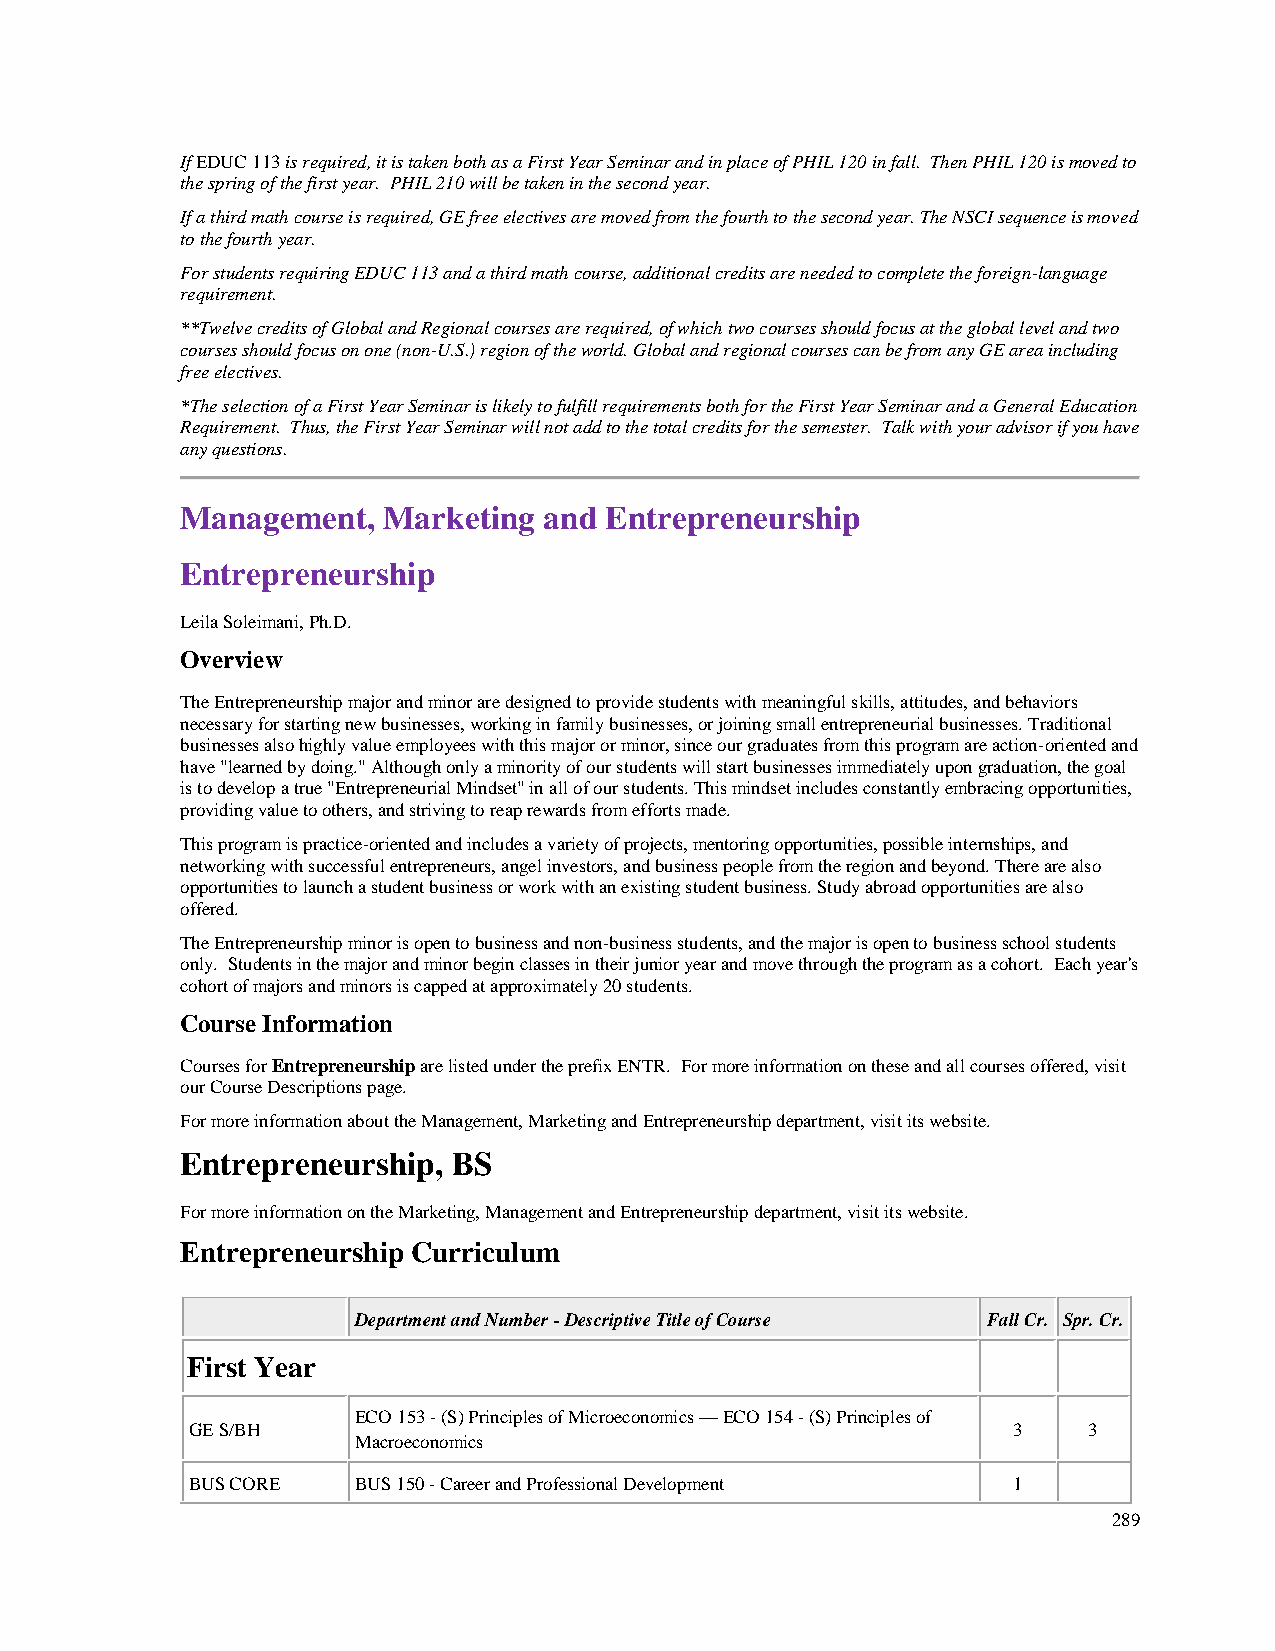
If EDUC 113 is required, it is taken both as a First Year Seminar and in place of PHIL 120 in fall. Then PHIL 120 is moved to
 the spring of the first year. PHIL 210 will be taken in the second year.
 If a third math course is required, GE free electives are moved from the fourth to the second year. The NSCI sequence is moved
 to the fourth year.
 For students requiring EDUC 113 and a third math course, additional credits are needed to complete the foreign-language
 requirement.
 **Twelve credits of Global and Regional courses are required, of which two courses should focus at the global level and two
 courses should focus on one (non-U.S.) region of the world. Global and regional courses can be from any GE area including
 free electives.
 *The selection of a First Year Seminar is likely to fulfill requirements both for the First Year Seminar and a General Education
 Requirement. Thus, the First Year Seminar will not add to the total credits for the semester. Talk with your advisor if you have
 any questions.
 Management,  Marketing  and Entrepreneurship
 Entrepreneurship
 Leila Soleimani, Ph.D.
 Overview
 The Entrepreneurship major and minor are designed to provide students with meaningful skills, attitudes, and behaviors
 necessary for starting new businesses, working in family businesses, or joining small entrepreneurial businesses. Traditional
 businesses also highly value employees with this major or minor, since our graduates from this program are action-oriented and
 have "learned by doing." Although only a minority of our students will start businesses immediately upon graduation, the goal
 is to develop a true "Entrepreneurial Mindset" in all of our students. This mindset includes constantly embracing opportunities,
 providing value to others, and striving to reap rewards from efforts made.
 This program is practice-oriented and includes a variety of projects, mentoring opportunities, possible internships, and
 networking with successful entrepreneurs, angel investors, and business people from the region and beyond. There are also
 opportunities to launch a student business or work with an existing student business. Study abroad opportunities are also
 offered.
 The Entrepreneurship minor is open to business and non-business students, and the major is open to business school students
 only. Students in the major and minor begin classes in their junior year and move through the program as a cohort. Each year's
 cohort of majors and minors is capped at approximately 20 students.
 Course Information
 Courses for Entrepreneurship are listed under the prefix ENTR. For more information on these and all courses offered, visit
 our Course Descriptions page.
 For more information about the Management, Marketing and Entrepreneurship department, visit its website.
 Entrepreneurship, BS
 For more information on the Marketing, Management and Entrepreneurship department, visit its website.
 Entrepreneurship Curriculum
 Department and Number - Descriptive Title of Course Fall Cr. Spr. Cr.
 First Year
 ECO 153 - (S) Principles of Microeconomics — ECO 154 - (S) Principles of
 GE S/BH                                               3    3
 Macroeconomics
 BUS CORE  BUS 150 - Career and Professional Development 1
 289